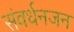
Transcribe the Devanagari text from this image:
संवर्धनजन